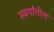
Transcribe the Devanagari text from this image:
स्वर्गांतील